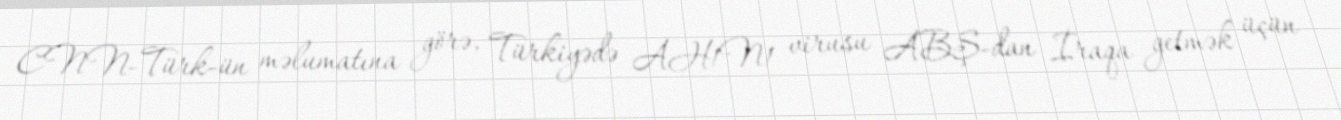
CNN-Türk-ün məlumatına görə, Türkiyədə AH1N1 virusu ABŞ-dan İraqa getmək üçün